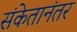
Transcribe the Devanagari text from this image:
संकेतानंतर